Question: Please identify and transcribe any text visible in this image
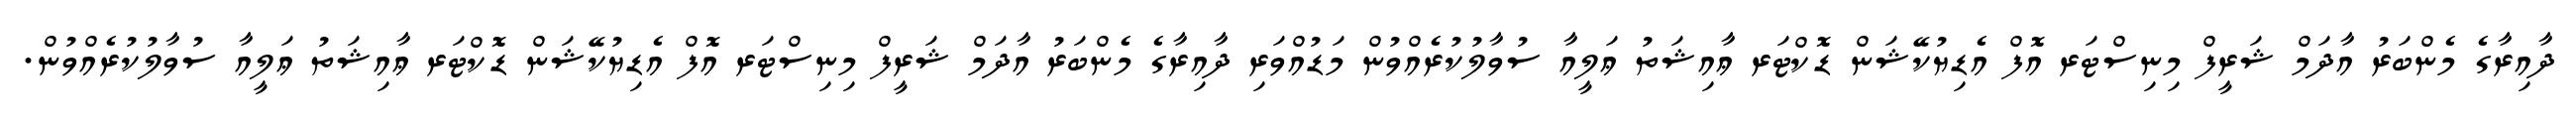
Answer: ދާއިރާގެ މެންބަރު އާދަމް ޝަރީފް މިނިސްޓަރ އޮފް އެޑިޔުކޭޝަން ޑޮކްޓަރ ޢާއިޝަތު ޢަލީއާ ސުވާލުކުރެއްވުން މަޑުއްވަރި ދާއިރާގެ މެންބަރު އާދަމް ޝަރީފް މިނިސްޓަރ އޮފް އެޑިޔުކޭޝަން ޑޮކްޓަރ ޢާއިޝަތު ޢަލީއާ ސުވާލުކުރެއްވުން.